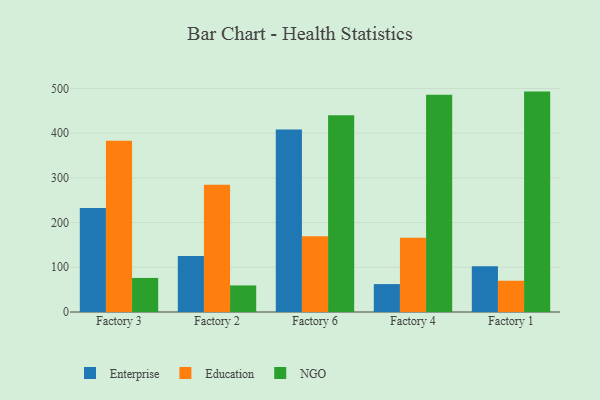
{"axis": {"x": "Factory", "y": "Tickets Resolved"}, "legend": ["Education", "Enterprise", "NGO"], "data": [{"x": "Factory 3", "y": 232.5, "type": "Enterprise"}, {"x": "Factory 3", "y": 382.8, "type": "Education"}, {"x": "Factory 3", "y": 76.2, "type": "NGO"}, {"x": "Factory 2", "y": 125.0, "type": "Enterprise"}, {"x": "Factory 2", "y": 284.8, "type": "Education"}, {"x": "Factory 2", "y": 59.4, "type": "NGO"}, {"x": "Factory 6", "y": 408.2, "type": "Enterprise"}, {"x": "Factory 6", "y": 169.2, "type": "Education"}, {"x": "Factory 6", "y": 440.0, "type": "NGO"}, {"x": "Factory 4", "y": 62.4, "type": "Enterprise"}, {"x": "Factory 4", "y": 165.9, "type": "Education"}, {"x": "Factory 4", "y": 485.7, "type": "NGO"}, {"x": "Factory 1", "y": 102.1, "type": "Enterprise"}, {"x": "Factory 1", "y": 70.0, "type": "Education"}, {"x": "Factory 1", "y": 493.0, "type": "NGO"}]}